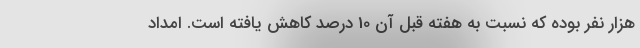
هزار نفر بوده که نسبت به هفته قبل آن 10 درصد کاهش یافته است. امداد